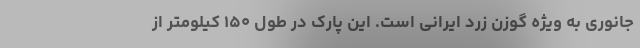
جانوری به ویژه گوزن زرد ایرانی است. این پارک در طول ۱۵۰ کیلومتر از